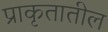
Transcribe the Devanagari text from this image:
प्राकृतातील